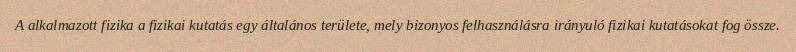
A alkalmazott fizika a fizikai kutatás egy általános területe, mely bizonyos felhasználásra irányuló fizikai kutatásokat fog össze.